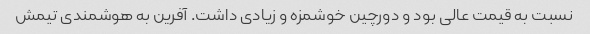
نسبت به قیمت عالی بود و دورچین خوشمزه و زیادی داشت. آفرین به هوشمندی تیمش